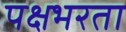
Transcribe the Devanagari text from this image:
पक्षभरता